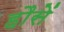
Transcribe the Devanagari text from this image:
हौसें